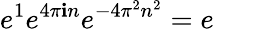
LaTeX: e^{1}e^{4\pi\mathbf{i}n}e^{-4\pi^{2}n^{2}}=e\qquad